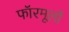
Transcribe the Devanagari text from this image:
फॉरमूलों